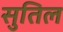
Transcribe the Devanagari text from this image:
सुतिल